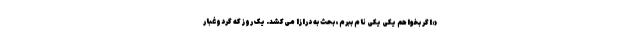
«اگر بخواهم یکی یکی نام ببرم، بحث به درازا می‌کشد. یک روز که گردوغبار